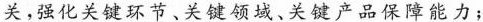
关，强化关键环节、关键领域、关键产品保障能力；